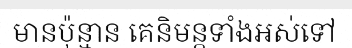
មានប៉ុន្មាន គេនិមន្តទាំងអស់ទៅ